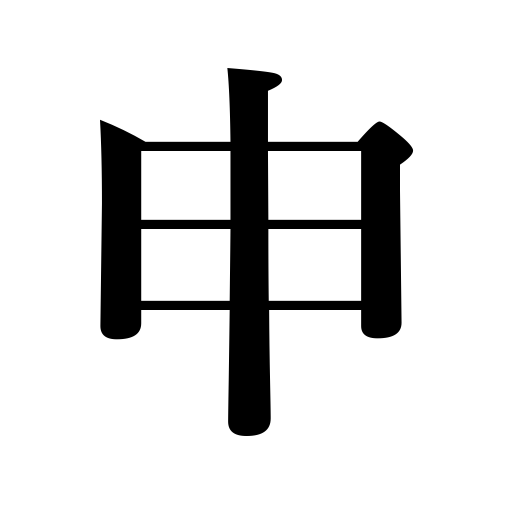
Meanings: tell,have the honor to,say,term,talk,speak,name,declare,call